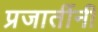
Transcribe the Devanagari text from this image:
प्रजातींनी